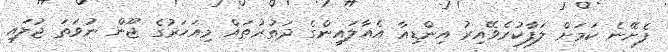
ފެށޭނެ ކަަމަށް ލަފާކުރެވޭއިރު އިންޑިއާ އެއާލައިންގެ ދަތުރުތައް މިއަހަރުގެ ޖޫން ނުވަތަ ޖުލައި